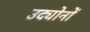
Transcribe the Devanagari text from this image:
उद्योनों